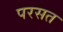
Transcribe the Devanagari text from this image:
परसत